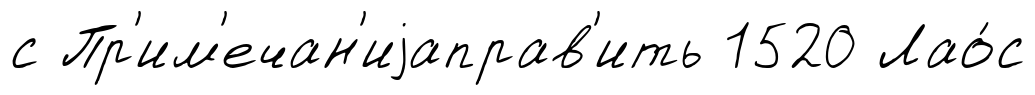
с Пр'им'ечан'иjаправ'ить 1520 Лао́с